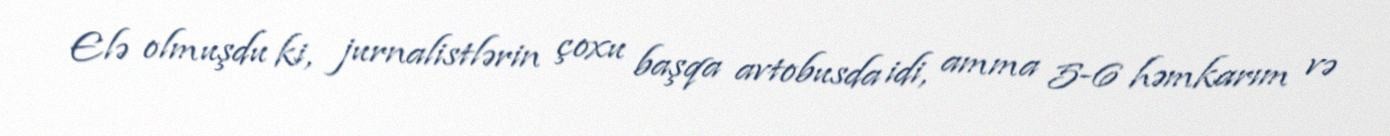
Elə olmuşdu ki, jurnalistlərin çoxu başqa avtobusda idi, amma 5-6 həmkarım və